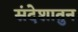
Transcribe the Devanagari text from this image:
संदेशातुन